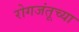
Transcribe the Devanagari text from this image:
रोगजंतूच्या